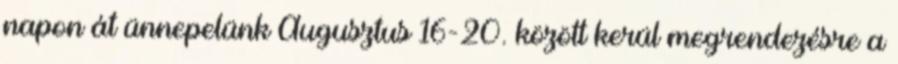
napon át ünnepelünk Augusztus 16-20. között kerül megrendezésre a